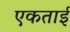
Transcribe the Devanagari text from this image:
एकताई